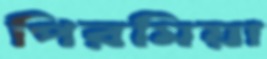
পিরমিয়া